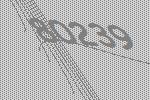
80239